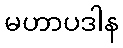
မဟာပဒါန